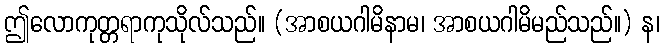
ဤလောကုတ္တရာကုသိုလ်သည်။ (အာစယဂါမိနာမ၊ အာစယဂါမိမည်သည်။) န၊